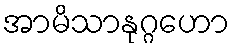
အာမိသာနုဂ္ဂဟော